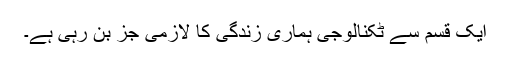
ایک قسم سے ٹکنالوجی ہماری زندگی کا لازمی جز بن رہی ہے۔